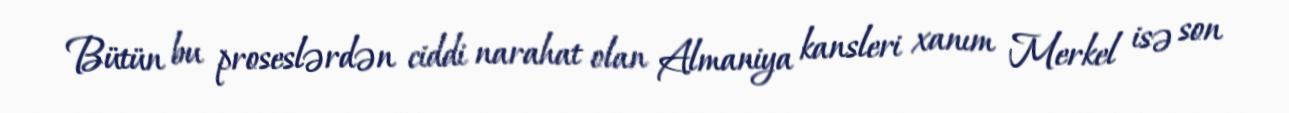
Bütün bu proseslərdən ciddi narahat olan Almaniya kansleri xanım Merkel isə son